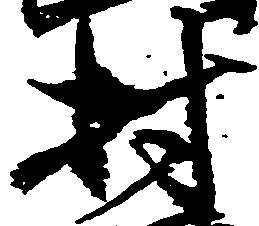
村